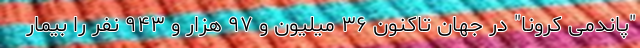
"پاندمی کرونا" در جهان تاکنون ۳۶ میلیون و ۹۷ هزار و ۹۴۳ نفر را بیمار